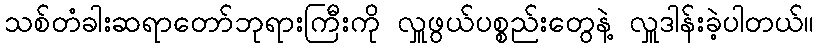
သစ်တံခါးဆရာတော်ဘုရားကြီးကို လှူဖွယ်ပစ္စည်းတွေနဲ့ လှူဒါန်းခဲ့ပါတယ်။